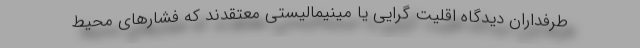
طرفداران دیدگاه اقلیت گرایی یا مینیمالیستی معتقدند که فشارهای محیط